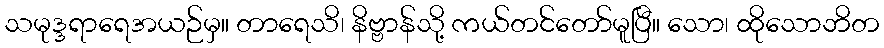
သမုဒ္ဒရာရေအယဉ်မှ။ တာရေသိ၊ နိဗ္ဗာန်သို့ ကယ်တင်တော်မူပြီ။ သော၊ ထိုသောဘိတ